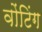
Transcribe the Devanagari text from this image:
वोंटिंग